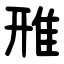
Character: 雃